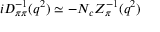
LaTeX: i D _ { \pi \pi } ^ { - 1 } ( q ^ { 2 } ) \simeq - N _ { c } Z _ { \pi } ^ { - 1 } ( q ^ { 2 } )